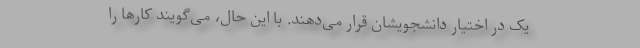
یک در اختیار دانشجویشان قرار می‌دهند. با این حال، می‌گویند کارها را